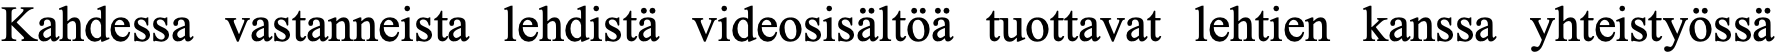
Kahdessa vastanneista lehdistä videosisältöä tuottavat lehtien kanssa yhteistyössä